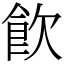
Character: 飮